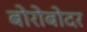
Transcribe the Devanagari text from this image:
बोरोबोदर